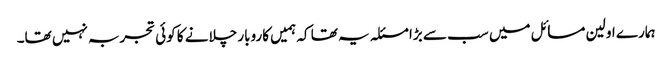
ہمارے اولین مسائل میں سب سے بڑا مسئلہ یہ تھا کہ ہمیں کاروبار چلانے کا کوئی تجربہ نہیں تھا۔